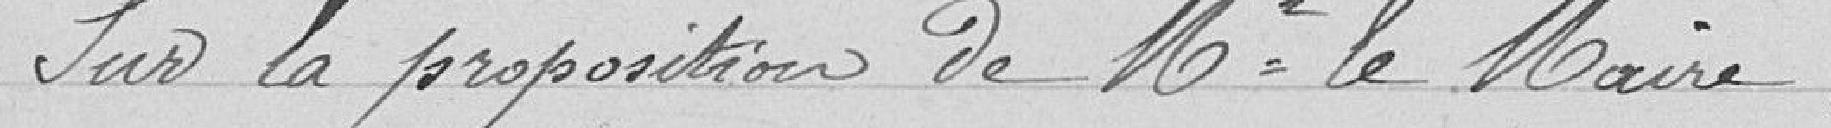
Sur la proposition de M. Le Maire,